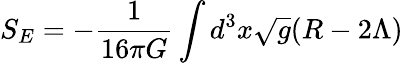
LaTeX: S_{E}=-\frac{1}{16\pi G}\int d^{3}x\sqrt{g}(R-2\Lambda)